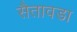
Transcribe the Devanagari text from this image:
सैतावडा